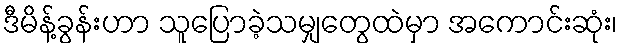
ဒီမိန့်ခွန်းဟာ သူပြောခဲ့သမျှတွေထဲမှာ အကောင်းဆုံး၊